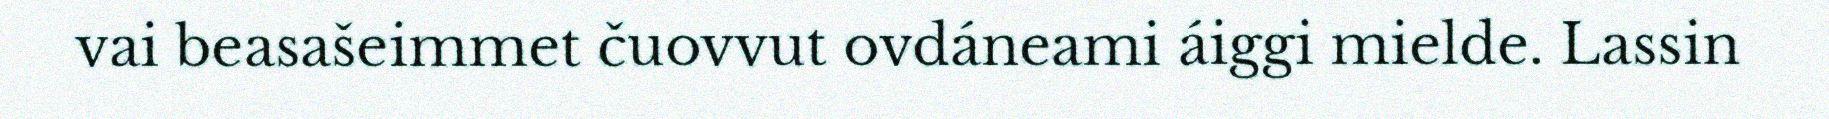
vai beasašeimmet čuovvut ovdáneami áiggi mielde. Lassin